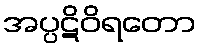
အပ္ပဋိဝိရတော